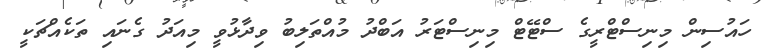
ހައުސިން މިނިސްޓްރީގެ ސްޓޭޓް މިނިސްޓަރު އަބްދު މުއްތަލިބު ވިދާޅުވީ މިއަދު ގެނައި ތަކެއްޗަކީ